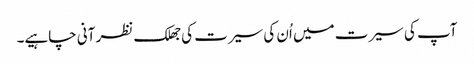
آپ کی سیرت میں اُن کی سیرت کی جھلک نظر آنی چاہیے۔